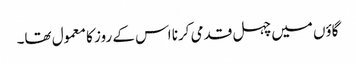
گاؤں میں چہل قدمی کرنا اس کے روز کا معمول تھا۔